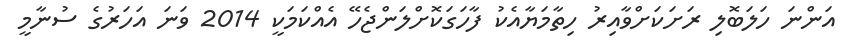
އަންނަ ހަލަބޮލި ރަށަކަށްވާއިރު ހިތާމަޔާއެކު ފާހަގަކޮށްލަންޖެހޭ އެއްކަމަކީ 2014 ވަނަ އަހަރުގެ ސުނާމީ